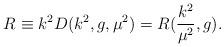
LaTeX: \begin{align*}R \equiv k^2 D(k^2, g, {\mu}^2) = R(\frac{k^2}{{\mu}^2}, g).\end{align*}